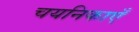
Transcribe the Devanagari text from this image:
चयनिकाएँ